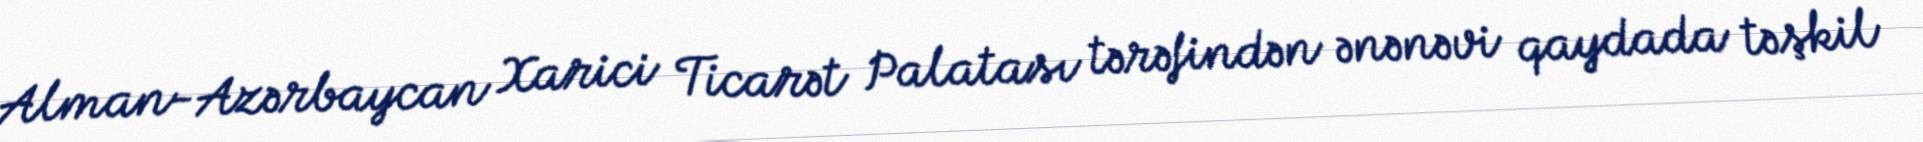
Alman-Azərbaycan Xarici Ticarət Palatası tərəfindən ənənəvi qaydada təşkil